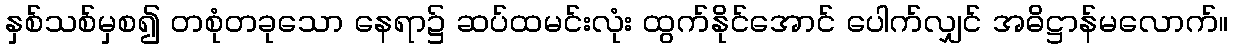
နှစ်သစ်မှစ၍ တစုံတခုသော နေရာ၌ ဆပ်ထမင်းလုံး ထွက်နိုင်အောင် ပေါက်လျှင် အဓိဋ္ဌာန်မလောက်။